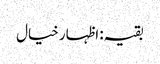
بقیہ: اظہار خیال